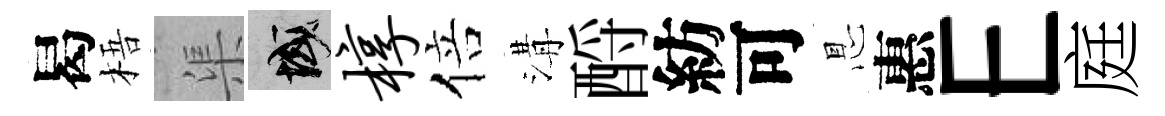
曷梧渠域椁倍溝酹紡可㤙惠E庭